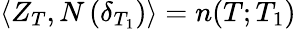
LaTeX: \langle Z_{T},N\, (\delta_{T_{1}})\rangle=n(T;T_{1})